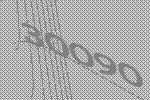
30090